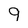
Character: 9